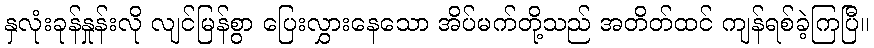
နှလုံးခုန်နှုန်းလို လျင်မြန်စွာ ပြေးလွှားနေသော အိပ်မက်တို့သည် အတိတ်ထင် ကျန်ရစ်ခဲ့ကြပြီ။